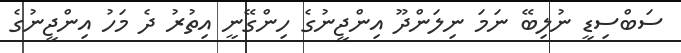
ސަބްސިޑީ ނުލިބޭ ނަމަ ނިލަންދޫ އިންޖީނުގެ ހިންގޭނީ އިތުރު ދެ މަހު އިންޖީނުގެ